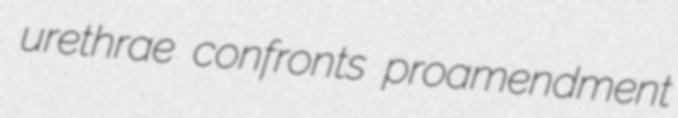
urethrae confronts proamendment